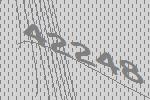
42248